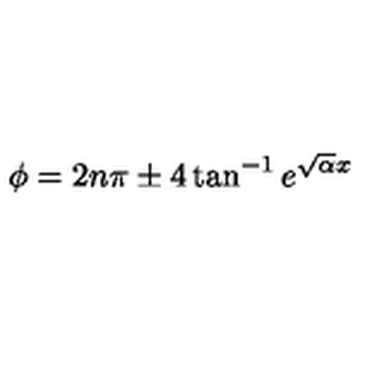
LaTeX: \phi = 2 n \pi \pm 4 \tan ^ { - 1 } e ^ { \sqrt { \alpha } x }